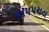
અપપચય